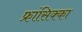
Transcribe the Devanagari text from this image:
फ्रांसिक्का